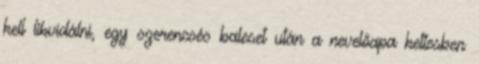
kell likvidálni, egy szerencsés baleset után a nevelőapa kettesben